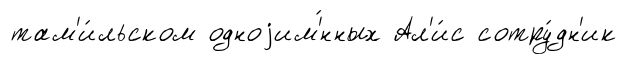
там'и́льском одноjим'́нных Ал'и́с сотру́дн'ик